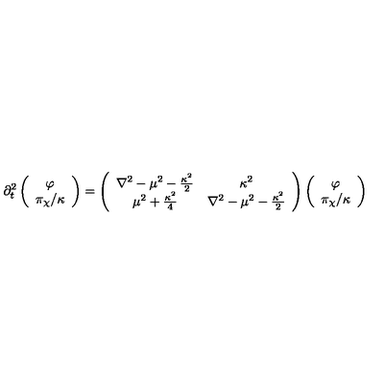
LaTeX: \partial _ { t } ^ { 2 } \left( \begin{array} { c } { \varphi } \\ { { \pi _ { \chi } / \kappa } } \\ \end{array} \right) = \left( \begin{array} { c c } { \nabla ^ { 2 } - \mu ^ { 2 } - { \frac { \kappa ^ { 2 } } { 2 } } } & { \kappa ^ { 2 } } \\ { \mu ^ { 2 } + { \frac { \kappa ^ { 2 } } { 4 } } } & { \nabla ^ { 2 } - \mu ^ { 2 } - { \frac { \kappa ^ { 2 } } { 2 } } } \\ \end{array} \right) \left( \begin{array} { c } { \varphi } \\ { { \pi _ { \chi } / \kappa } } \\ \end{array} \right)